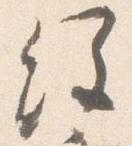
経